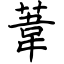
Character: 葦